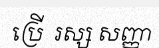
ប្រើ  រស្ស សញ្ញា